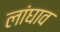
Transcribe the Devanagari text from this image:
लांघाव